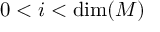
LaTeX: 0 < i < \dim ( M )